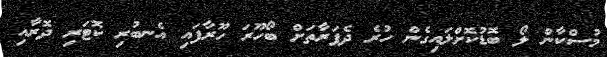
މުސްކާން ލޯ ބޮޑުކޮށްލައިގެން ހުރެ ދެފަރާތަށް ބޯހޫރަ ހޫރާފައި އެނބުރި ކޮޓަރި ދޮރާއި